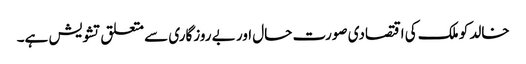
خالد کو ملک کی اقتصادی صورت حال اور بے روزگاری سے متعلق تشویش ہے۔